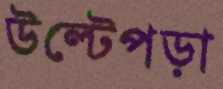
উল্টেপড়া